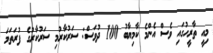
މިއީ ތާރީހުގައި ވެސް އެންމެ ކާމިޔާބު 100 ދުވަސް: ސަރުކާރުމި ސަރުކާރުގެ ފުރަތަމަ